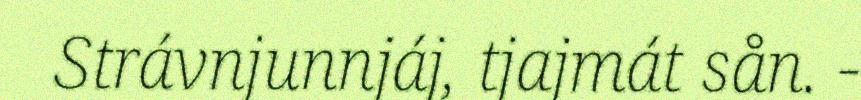
Strávnjunnjáj, tjajmát sån. -